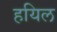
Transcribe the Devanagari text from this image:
हयिल